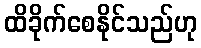
ထိခိုက်စေနိုင်သည်ဟု